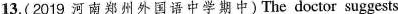
13.(2019 河南郑州外国语中学期中) The doctor suggests